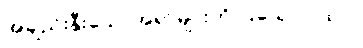
အချည်းနှီးသောအရာများကို ပြသောဂါထာ။